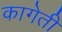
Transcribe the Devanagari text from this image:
कागेती